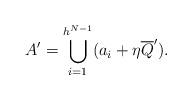
LaTeX: \begin{align*}A'=\bigcup_{i=1}^{h^{N-1}}(a_i+\eta{\overline Q'}).\end{align*}